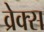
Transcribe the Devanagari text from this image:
व्रेक्स